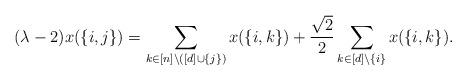
LaTeX: \begin{align*} (\lambda-2)x(\{i,j\}) = \sum_{k\in[n]\setminus([d]\cup\{j\})} x(\{i,k\}) +\frac{\sqrt{2}}{2}\sum_{k\in[d]\setminus\{i\}} x(\{i,k\}). \end{align*}